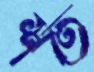
শর্ত